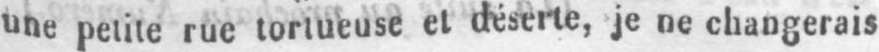
une petite rue tortueuse et déserte, je ne changerais